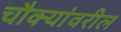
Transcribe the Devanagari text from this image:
चौक्यांवरील